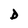
Character: D